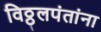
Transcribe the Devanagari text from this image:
विठ्ठलपंतांना